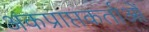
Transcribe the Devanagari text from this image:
अंकप्राप्तकर्ताओं